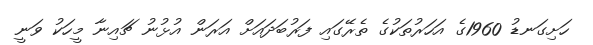
ހަށިގަނޑު 1960ގެ އަހަރުތަކުގެ ތެރޭގައި ފަރުބަދައަށް އަރަން އުޅުނު ޗައިނާ މީހަކު ވަނީ